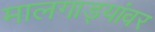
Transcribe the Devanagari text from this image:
मालगाड्यांवर